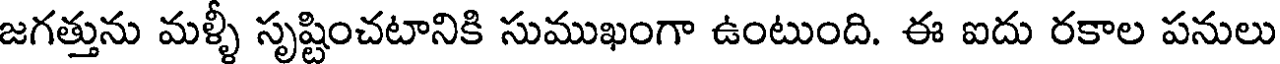
జగత్తును మళ్ళీ సృష్టించటానికి సుముఖంగా ఉంటుంది. ఈ ఐదు రకాల పనులు